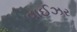
વાઈઝર